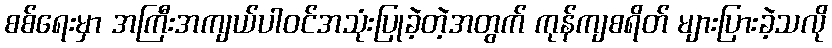
စစ်ရေးမှာ အကြီးအကျယ်ပါဝင်အသုံးပြုခဲ့တဲ့အတွက် ကုန်ကျစရိတ် များပြားခဲ့သလို